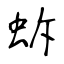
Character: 蚸